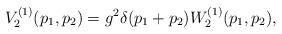
LaTeX: \begin{align*}V^{(1)}_2 ( p_1, p_2 ) = g^2 \delta ( p_1 + p_2 ) W^{(1)}_2 ( p_1, p_2 ),\end{align*}